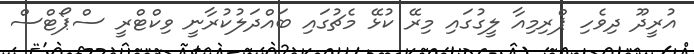
އުރީދޫ ދިވެހި ޕްރިމިއާ ލީގުގައި މިރޭ ކުޅޭ މެޗުގައި ބައްދަލުކުރާނީ ވިކްޓްރީ ސްޕޯޓްސް